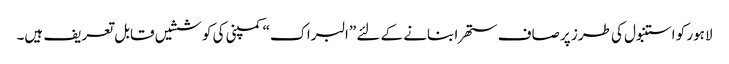
لاہور کو استنبول کی طرز پر صاف ستھرا بنانے کے لئے ”البراک“ کمپنی کی کوششیں قابل تعریف ہیں۔